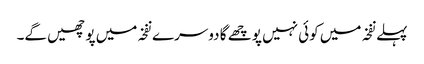
پہلے نفخہ میں کوئی نہیں پوچھے گا دوسرے نفخہ میں پوچھیں گے۔